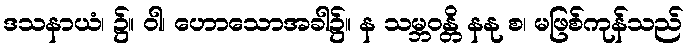
ဒသနာယံ၊ ၌။ ဝါ၊ ဟောသောအခါ၌။ န သမ္ဘဝန္တိ နနု စ၊ မဖြစ်ကုန်သည်